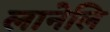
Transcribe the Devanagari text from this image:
लानेलि